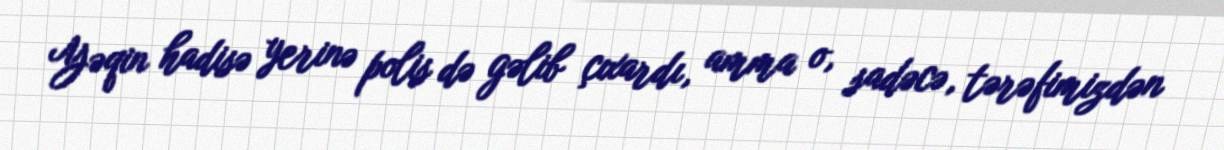
Yəqin hadisə yerinə polis də gəlib çıxardı, amma o, sadəcə, tərəfimizdən